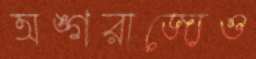
অঙ্গরাজ্যেও